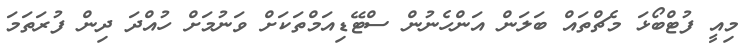
މިއީ ފުޓްބޯޅަ މެޗްތައް ބަލަން އަންހެނުން ސްޓޭޑިއަމްތަކަށް ވަނުމަށް ހުއްދަ ދިން ފުރަތަމަ